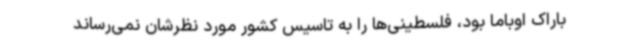
باراک اوباما بود، فلسطینی‌ها را به تاسیس کشور مورد نظرشان نمی‌رساند